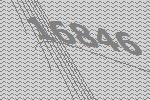
16846